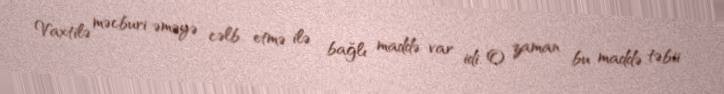
Vaxtilə məcburi əməyə cəlb etmə ilə bağlı maddə var idi. O zaman bu maddə təbii